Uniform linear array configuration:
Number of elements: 8
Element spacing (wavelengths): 1
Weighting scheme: exponential
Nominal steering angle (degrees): -15
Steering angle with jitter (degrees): -13.598
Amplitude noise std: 0.05
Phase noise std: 0.05

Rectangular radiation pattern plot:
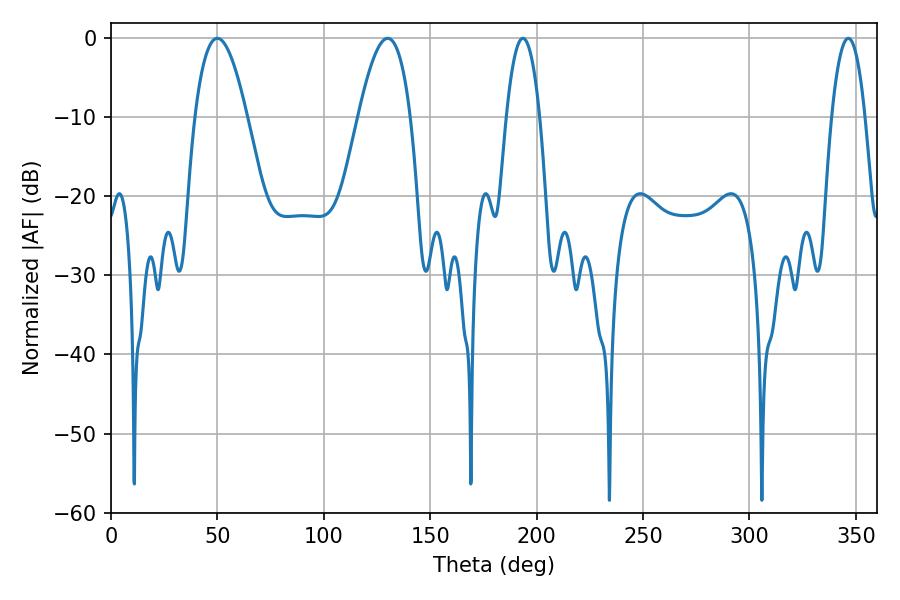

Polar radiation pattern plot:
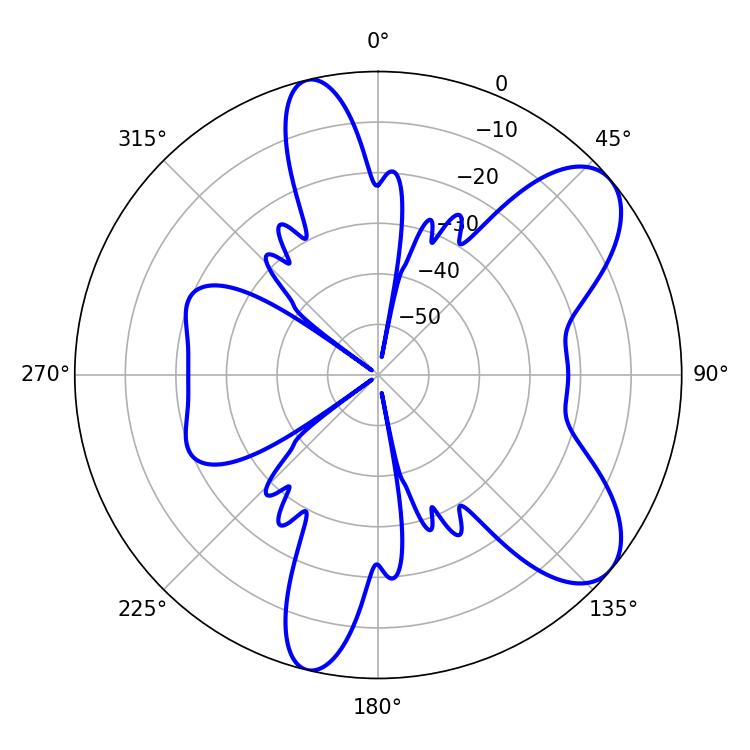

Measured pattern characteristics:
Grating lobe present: TRUE
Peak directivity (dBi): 8.071
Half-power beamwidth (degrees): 13.5
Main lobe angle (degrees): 50.04